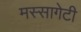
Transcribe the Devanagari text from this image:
मस्सागेटी